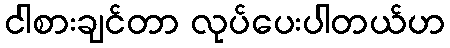
ငါစားချင်တာ လုပ်ပေးပါတယ်ဟ